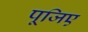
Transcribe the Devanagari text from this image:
पूजिए